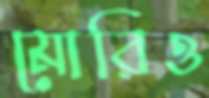
মোরিও